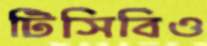
টিসিবিও